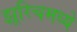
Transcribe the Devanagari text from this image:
झूरिचमध्ये